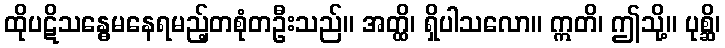
ထိုပဋိသန္ဓေမနေရမည့်တစုံတဦးသည်။ အတ္ထိ၊ ရှိပါသလော။ ဣတိ၊ ဤသို့။ ပုစ္ဆိ၊